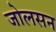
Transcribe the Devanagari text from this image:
जोलसन